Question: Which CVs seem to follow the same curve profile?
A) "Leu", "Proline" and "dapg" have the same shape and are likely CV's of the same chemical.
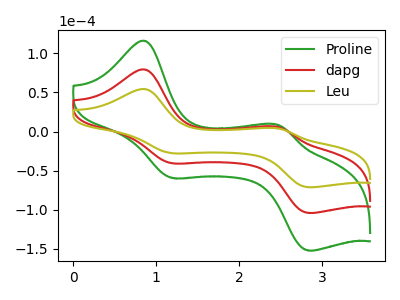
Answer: <think>The green curve "Proline" has anodic peaks at (0.85V, 158.45uA) (2.50V, 11.00uA) and cathodic peaks at (1.20V, -81.30uA) (2.85V, -208.25uA). The red curve "dapg" has anodic peaks at (0.85V, 79.20uA) (2.50V, 5.50uA) and cathodic peaks at (1.20V, -40.65uA) (2.85V, -104.15uA). The olive curve "Leu" has anodic peaks at (0.85V, 54.20uA) (2.50V, 3.75uA) and cathodic peaks at (1.20V, -27.80uA) (2.85V, -71.25uA).
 All the peaks in "Proline" have a peak in "dapg" at the same potential. Every peak in "Proline" is higher than every peak in "dapg". All the peaks in "Proline" have a peak in "Leu" at the same potential. Every peak in "Proline" is higher than every peak in "Leu". All the peaks in "dapg" have a peak in "Leu" at the same potential. Every peak in "dapg" is higher than every peak in "Leu".</think>
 <answer>A) "Leu", "Proline" and "dapg" have the same shape and are likely CV's of the same chemical.</answer>
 <eval>A</eval>